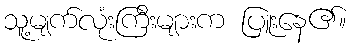
သူ့မျက်လုံးကြီးများက ပြူးနေ၏။